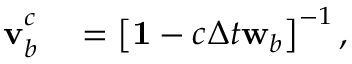
\begin{array} { r l } { \mathbf { v } _ { b } ^ { c _ { } } } & { { } = \left[ \mathbf { 1 } { } - c _ { } \Delta t { } \mathbf { w } _ { b } \right] ^ { - 1 } , } \end{array}